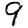
Digit: 9